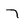
Character: 7